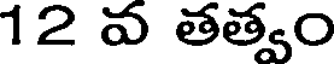
12 వ తత్వం